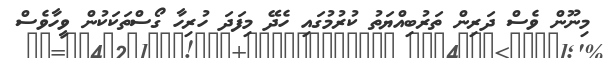
މިނޫން ވެސް ދަރިން ތަރުބިއްޔަތު ކުރުމުގައި ހެދޭ މިފަދަ ހުރިހާ ގޯސްތަކަކުން ވީހާވެސް